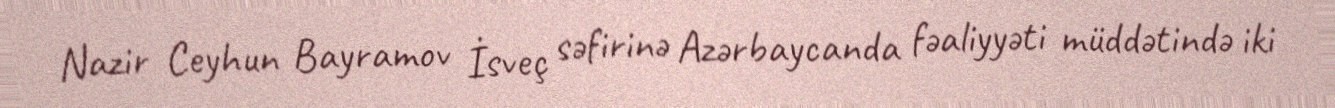
Nazir Ceyhun Bayramov İsveç səfirinə Azərbaycanda fəaliyyəti müddətində iki